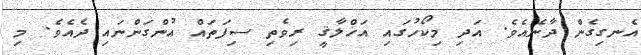
އެނގިގެން ދާނެއެވެ. އަދި މިކޯހުގައި އަޚްލާޤީ ރިވެތި ސިފަތައް އުންގަންނައި ދެއެވެ. މި